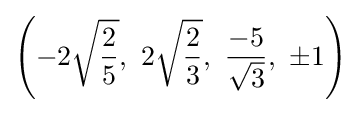
\left(-2{\sqrt {\frac {2}{5}}},\ 2{\sqrt {\frac {2}{3}}},\ {\frac {-5}{\sqrt {3}}},\ \pm 1\right)